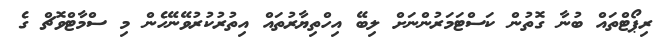
ރިޕޯޓްތައް ބުނާ ގޮތުން ކަސްޓަމަރުންނަށް ލިބޭ އިހްތިޔާރުތައް އިތުރުކުރުވޭނޭހެން މި ސްމާޓްވޮޗް ގެ